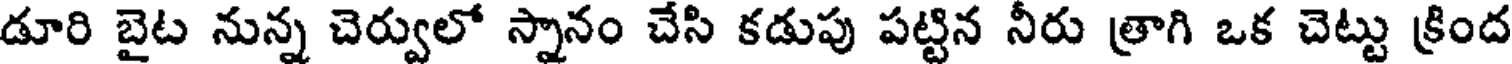
డూరి బైట నున్న చెర్వులో స్నానం చేసి కడుపు పట్టిన నీరు త్రాగి ఒక చెట్టు క్రింద